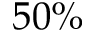
5 0 \%